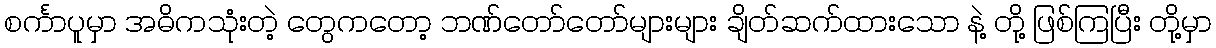
စင်္ကာပူမှာ အဓိကသုံးတဲ့ တွေကတော့ ဘဏ်တော်တော်များများ ချိတ်ဆက်ထားသော နဲ့ တို့ ဖြစ်ကြပြီး တို့မှာ